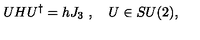
U H U ^ { \dagger } = h J _ { 3 } \ , \quad U \in S U ( 2 ) ,